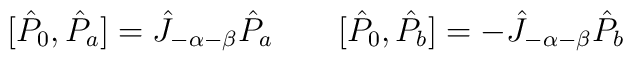
[\hat{P}_0,\hat{P}_a]=\hat{J}_{-\alpha-\beta} \hat{P}_a \qquad[\hat{P}_0,\hat{P}_b]=-\hat{J}_{-\alpha-\beta} \hat{P}_b